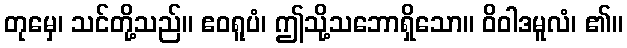
တုမှေ၊ သင်တို့သည်။ ဧဝရူပံ၊ ဤသို့သဘောရှိသော။ ဝိဝါဒမူလံ၊ ၏။